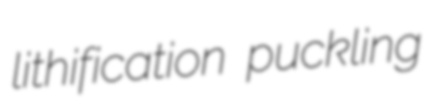
lithification puckling